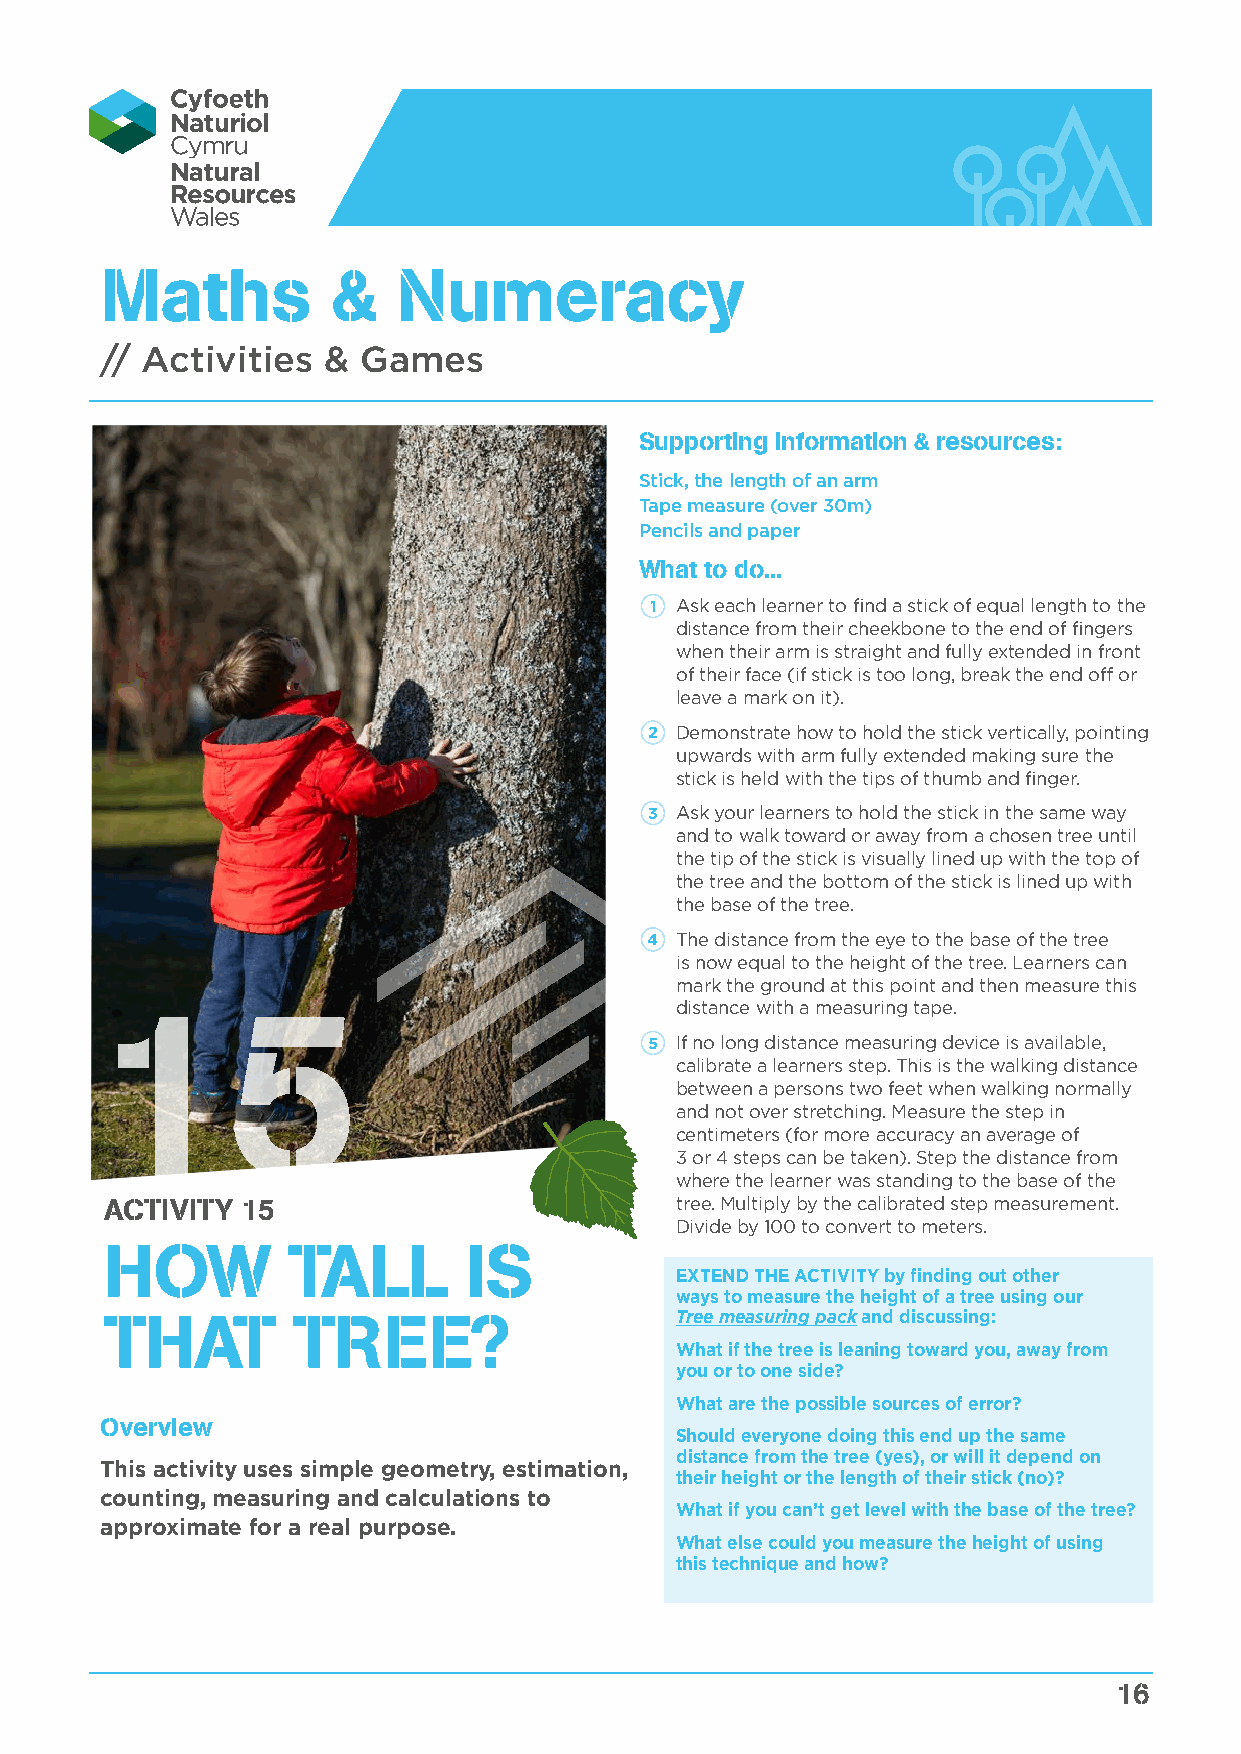
Maths          &   Numeracy
 // Activities &  Games
 Supporting information & resources:
 Stick, the length of an arm
 Tape measure (over 30m)
 Pencils and paper
 What to do...
 1 Ask each learner to find a stick of equal length to the
 distance from their cheekbone to the end of fingers
 when their arm is straight and fully extended in front
 of their face (if stick is too long, break the end off or
 leave a mark on it).
 2 Demonstrate how to hold the stick vertically, pointing
 upwards with arm fully extended making sure the
 stick is held with the tips of thumb and finger.
 3 Ask your learners to hold the stick in the same way
 and to walk toward or away from a chosen tree until
 the tip of the stick is visually lined up with the top of
 the tree and the bottom of the stick is lined up with
 the base of the tree.
 4 The distance from the eye to the base of the tree
 is now equal to the height of the tree. Learners can
 mark the ground at this point and then measure this
 15                                    distance with a measuring tape.
 5 If no long distance measuring device is available,
 calibrate a learners step. This is the walking distance
 between a persons two feet when walking normally
 and not over stretching. Measure the step in
 centimeters (for more accuracy an average of
 3 or 4 steps can be taken). Step the distance from
 where the learner was standing to the base of the
 ACTIVITY 15                           tree. Multiply by the calibrated step measurement.
 Divide by 100 to convert to meters.
 HOW         TALL        IS
 EXTEND THE ACTIVITY by finding out other
 ways to measure the height of a tree using our
 THAT        TREE?                     Tree measuring pack and discussing:
 What if the tree is leaning toward you, away from
 you or to one side?
 What are the possible sources of error?
 Overview
 Should everyone doing this end up the same
 distance from the tree (yes), or will it depend on
 This activity uses simple geometry, estimation,
 their height or the length of their stick (no)?
 counting, measuring and calculations to
 What if you can’t get level with the base of the tree?
 approximate for a real purpose.
 What else could you measure the height of using
 this technique and how?
 16